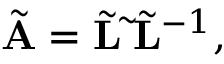
\begin{array} { r } { \tilde { \bf A } = \tilde { \bf L } \tilde { \bf \Lambda } \tilde { \bf L } ^ { - 1 } , } \end{array}